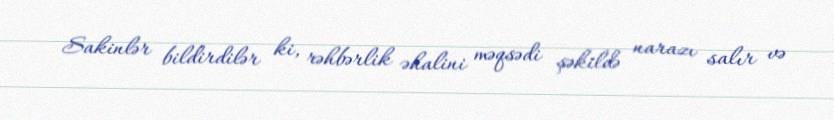
Sakinlər bildirdilər ki, rəhbərlik əhalini məqsədi şəkildə narazı salır və